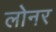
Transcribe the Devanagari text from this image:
लोनर